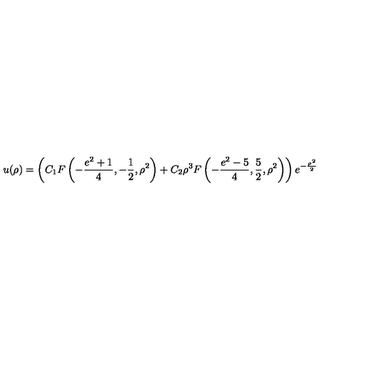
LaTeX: u ( \rho ) = \left( C _ { 1 } F \left( - \frac { e ^ { 2 } + 1 } { 4 } , - \frac { 1 } { 2 } , \rho ^ { 2 } \right) + C _ { 2 } \rho ^ { 3 } F \left( - \frac { e ^ { 2 } - 5 } { 4 } , \frac { 5 } { 2 } , \rho ^ { 2 } \right) \right) e ^ { - \frac { \rho ^ { 2 } } { 2 } }